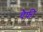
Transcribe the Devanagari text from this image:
चैफ़ी